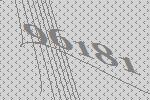
96181